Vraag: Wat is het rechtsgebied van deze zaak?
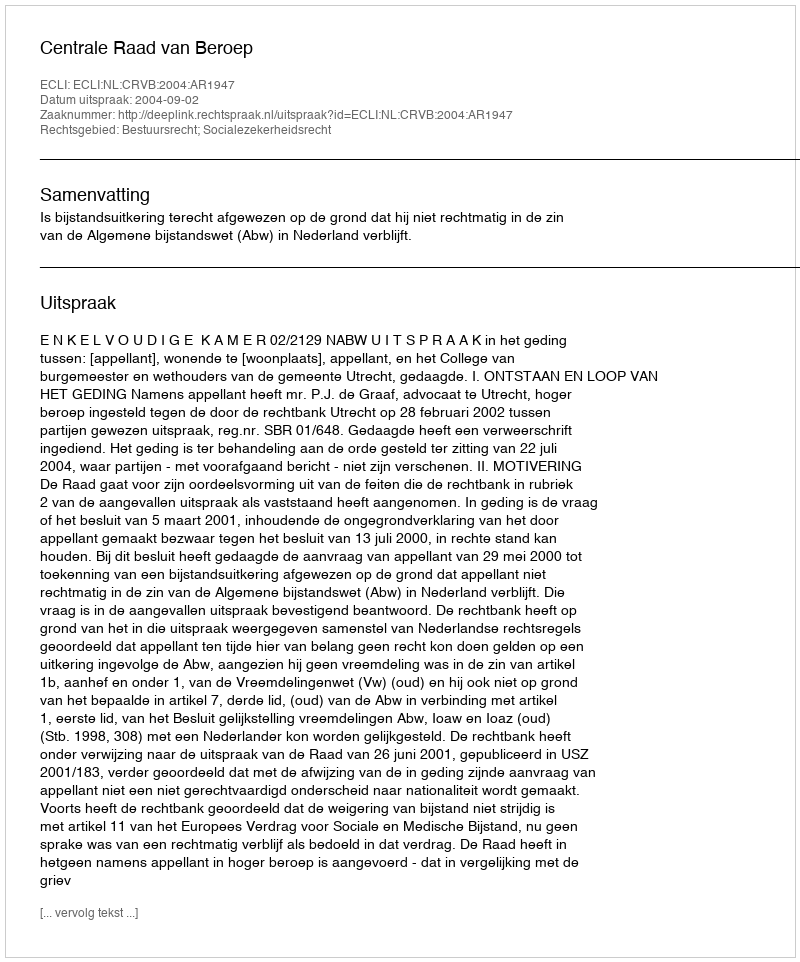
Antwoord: Bestuursrecht; Socialezekerheidsrecht